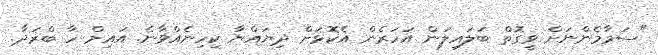
"ސަމާމެންނަށް ވީގޮތް ބަލައިލަން އަހަރެން އެކޮޅަށް ދިޔައްޔާ ކިހިނެއްވާނެ. އައިމް ހާ ބްރަދާ.